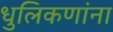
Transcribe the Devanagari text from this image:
धुलिकणांना